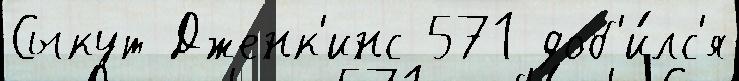
Сыкут Дженк'инс 571 доб'и́лс'я